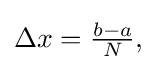
{\textstyle \Delta x={\frac {b-a}{N}},}